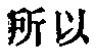
所以